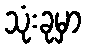
သုံးခုမှာ